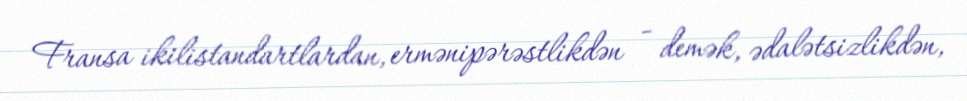
Fransa ikilistandartlardan, ermənipərəstlikdən - demək, ədalətsizlikdən,